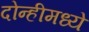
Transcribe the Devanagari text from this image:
दोन्हीमध्ये